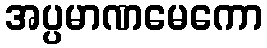
အပ္ပမာဏမေကော